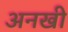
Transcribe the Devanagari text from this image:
अनखी